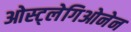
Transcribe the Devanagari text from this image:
ओस्ट्लेगिओनेन